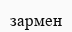
зармен